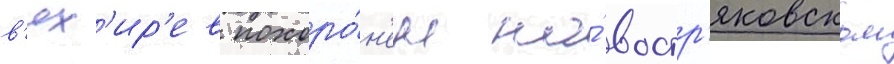
в'ях'ир'ев похоро́н'ен на́ востр'яковском